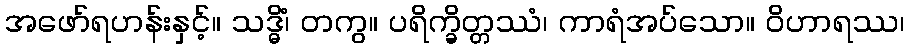
အဖော်ရဟန်းနှင့်။ သဒ္ဓိံ၊ တကွ။ ပရိက္ခိတ္တဿံ၊ ကာရံအပ်သော။ ဝိဟာရဿ၊